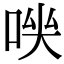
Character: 𠴃